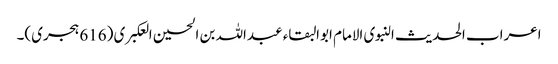
اعراب الحدیث النبوی الامام ابوالبقاء عبداللہ بن الحسین العکبری (616 ہجری)۔